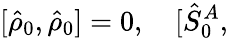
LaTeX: \lbrack\hat{\rho}_{0},\hat{\rho}_{0}]={0},\quad\lbrack\hat{S}_{0}^{A},